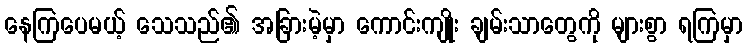
နေကြပေမယ့် သေသည်၏ အခြားမဲ့မှာ ကောင်းကျိုး ချမ်းသာတွေကို များစွာ ရကြမှာ